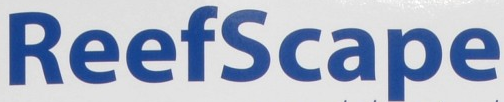
ReefScape